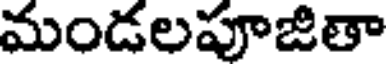
మండలపూజితా